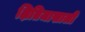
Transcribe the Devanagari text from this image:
क्षितिजाखाली